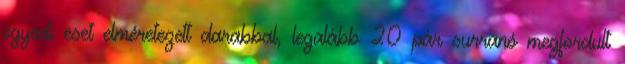
egyedi eset elméretezett darabbal, legalább 20 pár surranó megfordult